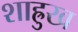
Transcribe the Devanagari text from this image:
शाह्रुख